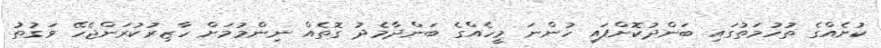
ކުށެއްގެ ތުހުމަތުގައި ބަންދުކޮށްފައި ހުންނަ މީހެއްގެ ބަންދާމެދު ގޮތެއް ނިންމުމަށް ހާޒިރުކުރަންޖެހޭ ވަގުތު